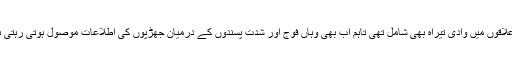
ان علاقوں میں وادی تیراہ بھی شامل تھی تاہم اب بھی وہاں فوج اور شدت پسندوں کے درمیان جھڑپوں کی اطلاعات موصول ہوتی رہتی ہیں۔